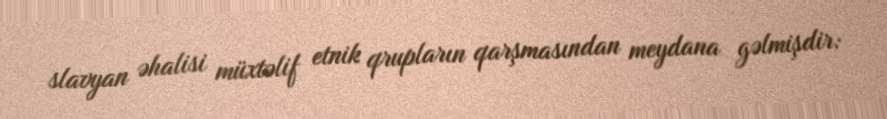
slavyan əhalisi müxtəlif etnik qrupların qarşmasından meydana gəlmişdir: